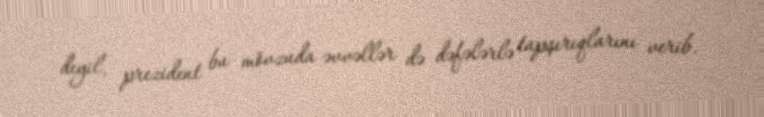
deyil, prezident bu mövzuda əvvəllər də dəfələrlə tapşırıqlarını verib.